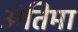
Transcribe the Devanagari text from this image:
अंतिमा